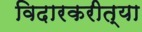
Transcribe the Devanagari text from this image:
विदारकरीत्या